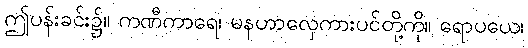
ဤပန်းခင်း၌။ ကဏီကာရေ၊ မနဟာလှေကားပင်တို့ကို။ ရောပယေ၊